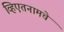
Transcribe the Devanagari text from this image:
व्हिएतनामचे